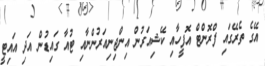
އޭގެ ތެރޭގައި ފްރޮންޓް އޮފީހާއި ކޭޝިއަރުން އިންޖިނިއަރުންނާއި ޓުއާ ގައިޑުން އަދި އައިޓީ